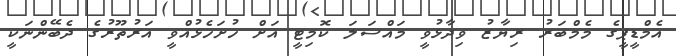
އެމްޑީޕީގެ މެމްބަރު ރިޔާޒު ވިދާޅުވީ މައްސަލަ ކޮމިޓީ އަށް ހުށަހެޅުއްވީ އަރުތޫރުގެ ދެބޭންނަކީ